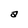
Character: a